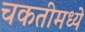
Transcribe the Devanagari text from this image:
चकतीमध्ये